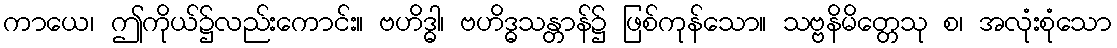
ကာယေ၊ ဤကိုယ်၌လည်းကောင်း။ ဗဟိဒ္ဓါ၊ ဗဟိဒ္ဓသန္တာန်၌ ဖြစ်ကုန်သော။ သဗ္ဗနိမိတ္တေသု စ၊ အလုံးစုံသော